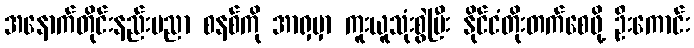
အနောက်တိုင်းနည်းပညာ စနစ်ကို အာရှမှာ ကူးယူသုံးစွဲပြီး နိုင်ငံတိုးတက်စေဖို့ ဦးကောင်း